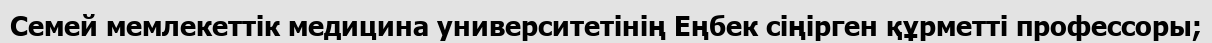
Семей мемлекеттік медицина университетінің Еңбек сіңірген құрметті профессоры;